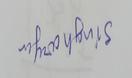
Signature authenticity: forged